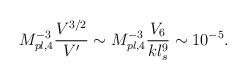
LaTeX: \begin{align*}M_{pl,4}^{-3} \frac{V^{3/2}}{V'} \sim M_{pl,4}^{-3} \frac{V_6}{kl_s^9} \sim 10^{-5}.\end{align*}